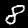
Label: 8